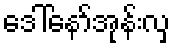
ဒေါ်နော်အုန်းလှ